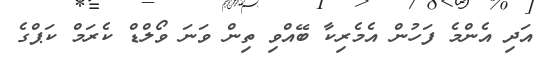
އަދި އެންމެ ފަހުން އެމެރިކާ ބޭއްވި ތިން ވަނަ ވޯލްޑް ކެރަމް ކަޕްގެ